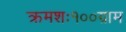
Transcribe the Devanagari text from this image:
क्रमशः१००ग्राम